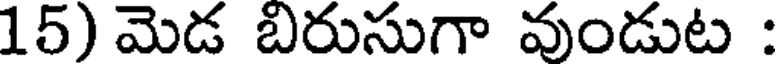
15) మెడ బిరుసుగా వుండుట :